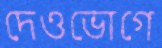
দেওভোগে